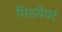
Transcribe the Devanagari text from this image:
मिडवेवर